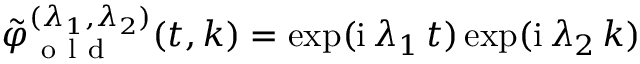
\begin{array} { r } { \tilde { \varphi } _ { \mathrm { ~ o ~ l ~ d ~ } } ^ { ( \lambda _ { 1 } , \lambda _ { 2 } ) } ( t , k ) = \exp ( \mathrm { i } \, \lambda _ { 1 } \, t ) \exp ( \mathrm { i } \, \lambda _ { 2 } \, k ) } \end{array}